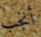
أنجب